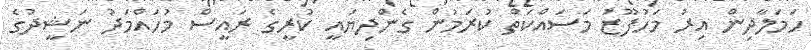
ހަމަލާދިން އިރު މަހުފޫޒު މަސައްކަތް ކުރަމުން ގެންދިޔައީ ކުރީގެ ރައީސް މުހައްމަދު ނަޝީދުގެ